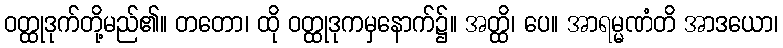
ဝတ္ထုဒုက်တို့မည်၏။ တတော၊ ထို ဝတ္ထုဒုကမှနောက်၌။ အတ္ထိ၊ ပေ။ အာရမ္မဏံတိ အာဒယော၊